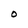
Character: O